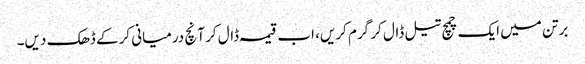
برتن میں ایک چمچ تیل ڈال کر گرم کریں، اب قیمہ ڈال کر آنچ درمیانی کرکے ڈھک دیں۔